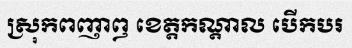
ស្រុកពញាឭ ខេត្តកណ្តាល បើកបរ